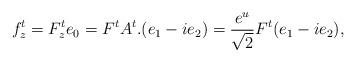
LaTeX: \begin{align*}f^t_z = F^t_z e_0 = F^t A^t. (e_1 - i e_2) = \frac{e^{u}}{\sqrt{2}} F^t (e_1-ie_2),\end{align*}